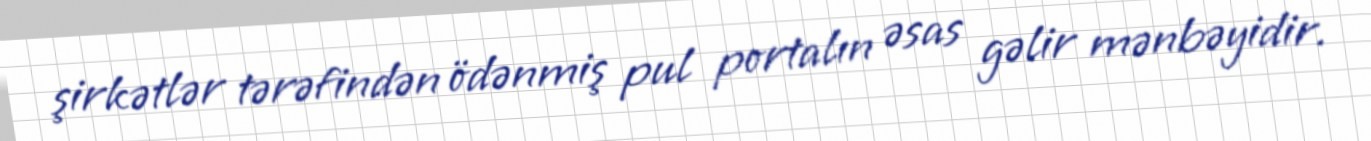
şirkətlər tərəfindən ödənmiş pul portalın əsas gəlir mənbəyidir.